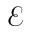
\mathcal { E }